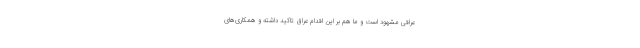
عراقی مشهود است و ما هم بر این اقدام عراق تاکید داشته و همکاری‌های